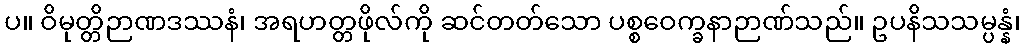
ပ။ ဝိမုတ္တိဉာဏဒဿနံ၊ အရဟတ္တဖိုလ်ကို ဆင်တတ်သော ပစ္စဝေက္ခနာဉာဏ်သည်။ ဥပနိသသမ္ပန္နံ၊